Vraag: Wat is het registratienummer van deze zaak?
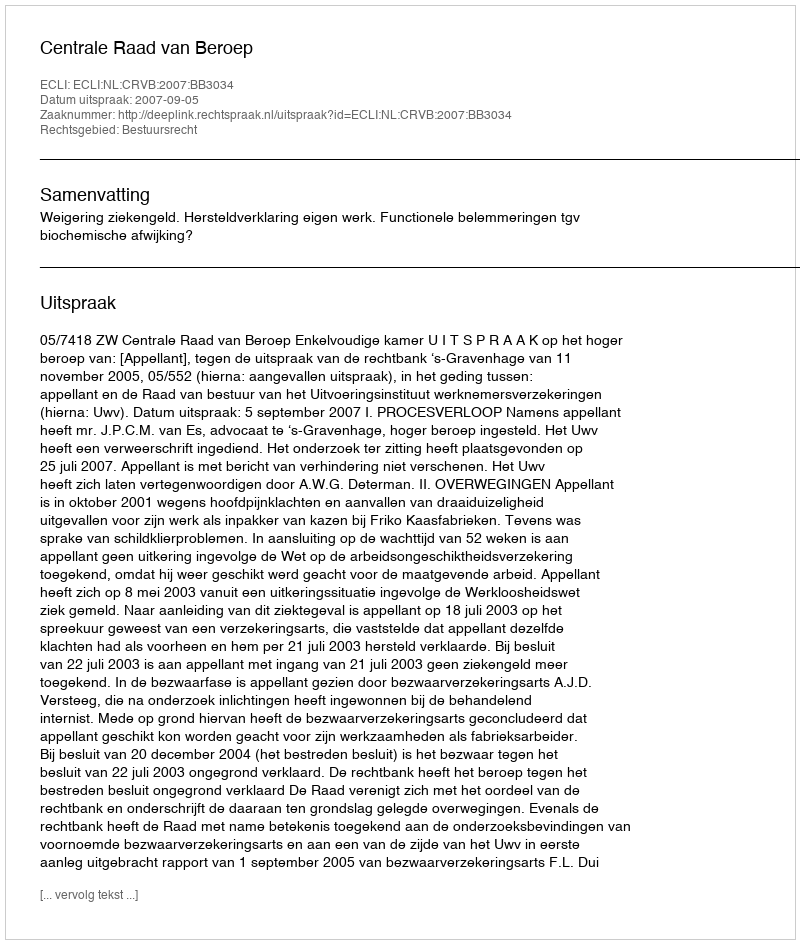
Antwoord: http://deeplink.rechtspraak.nl/uitspraak?id=ECLI:NL:CRVB:2007:BB3034